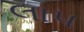
લાપ